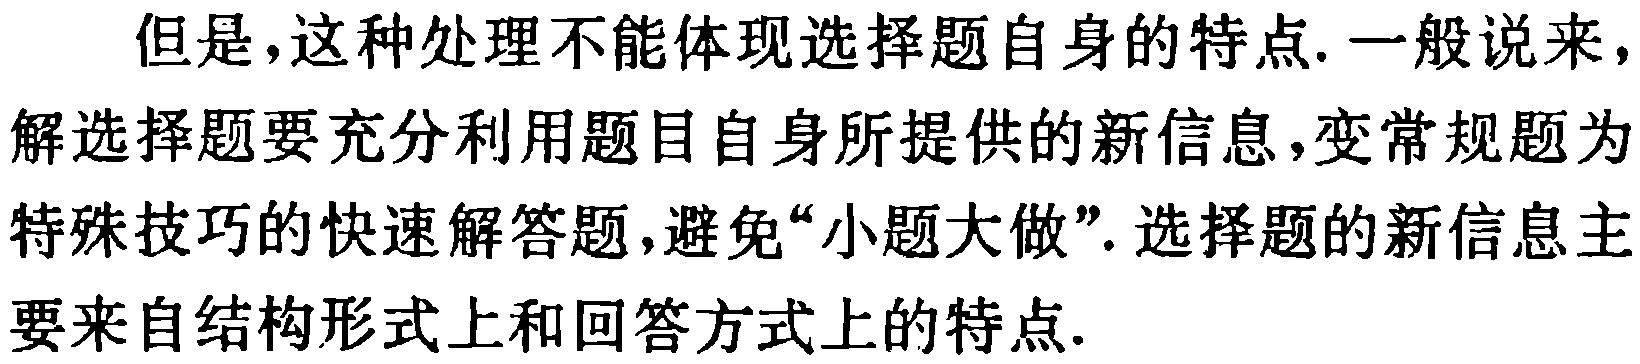
但是，这种处理不能体现选择题自身的特点. 一般说来，解选择题要充分利用题目自身所提供的新信息，变常规题为特殊技巧的快速解答题，避免“小题大做”. 选择题的新信息主要来自结构形式上和回答方式上的特点.